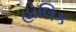
હોલિક